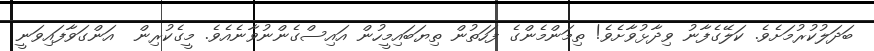
ބަދަލުކުރުމަށެވެ. ކަލޭގެފާނު ވިދާޅުވާށެވެ! ތިމަންމެންގެ ފަހަތުން ތިޔަބައިމީހުން އައިސްގެންނުވާނެއެވެ. މީގެކުރިން  އަންގަވާފައިވަނީ